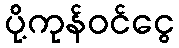
ပို့ကုန်ဝင်ငွေ